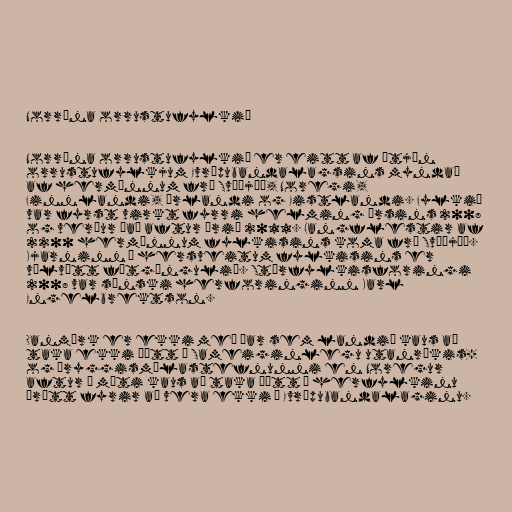
Norræna orrustufylkið

Norræna orrustufylkið er eitt af átján
orrustufylkjum Evrópubandalagsins myndað
af hermönnum frá Svíþjóð, Noregi,
Finnlandi, Írlandi og Eistlandi. Fylkið
var fyrst virkt fyrri helming ársins 2008
og verður það aftur árið 2011. Langflestir af
2200 hermönnum fylkisins koma frá Svíþjóð.
Kjarninn í hersveitum fylkisins er
vélvætt fótgöngulið. Stórfylkisforingi
2008 var sænski herforinginn Karl
Engelbrektson.

Danmörk er ekki með þar sem landið kaus að
taka ekki þátt í Sameiginlegu utanríkis-
og öryggismálastefnunni en Noregur
aftur á móti kaus að taka þátt í herfylkinu
þrátt fyrir að vera ekki í Evrópubandalaginu.